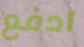
ادفع